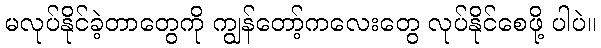
မလုပ်နိုင်ခဲ့တာတွေကို ကျွန်တော့်ကလေးတွေ လုပ်နိုင်စေဖို့ ပါပဲ။